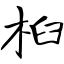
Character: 桕